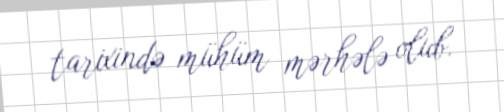
tarixində mühüm mərhələ olub.